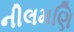
નીલમણિ